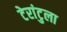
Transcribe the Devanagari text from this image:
टेरांटुला